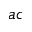
a c